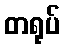
တရုပ်